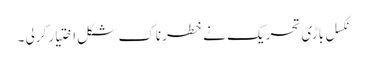
نکسل باڑی تحریک نے خطرناک شکل اختیار کرلی ۔